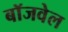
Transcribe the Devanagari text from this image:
बॉजवेल